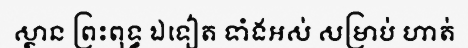
ស្ថាន ព្រះពុទ្ធ ឯទៀត ទាំងអស់ សម្រាប់ ហាត់